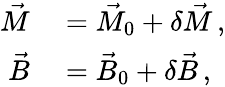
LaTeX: \begin{array}{rl}{\vec{M}}&{{}=\vec{M}_{0}+\delta\vec{M}\, ,}\\ {\vec{B}}&{{}=\vec{B}_{0}+\delta\vec{B}\, ,}\end{array}